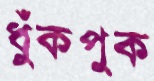
ধুঁকপুক